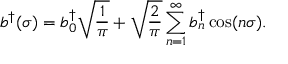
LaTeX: b ^ { \dag } ( \sigma ) = b _ { 0 } ^ { \dag } \sqrt { \frac { 1 } { \pi } } + \sqrt { \frac { 2 } { \pi } } \sum _ { n = 1 } ^ { \infty } { b _ { n } ^ { \dag } \cos ( n \sigma ) } .